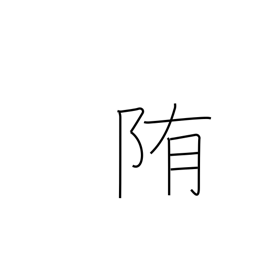
Meaning: wrap